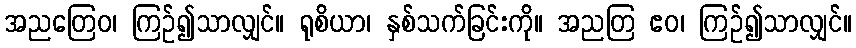
အညတြေဝ၊ ကြဉ်၍သာလျှင်။ ရုစိယာ၊ နှစ်သက်ခြင်းကို။ အညတြ ဧဝ၊ ကြဉ်၍သာလျှင်။